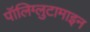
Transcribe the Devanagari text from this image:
पॉलिग्लुटामाइन